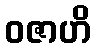
ဝဇာဟိ